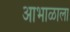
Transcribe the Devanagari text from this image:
आभाळाला